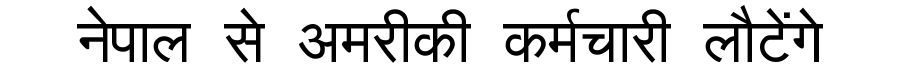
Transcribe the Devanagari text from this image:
नेपाल से अमरीकी कर्मचारी लौटेंगे